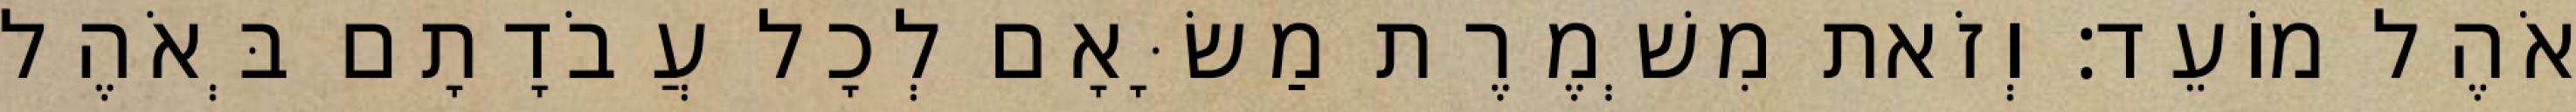
אֹהֶל מוֹעֵד׃ וְזֹאת מִשְׁמֶרֶת מַשָּׂאָם לְכָל עֲבֹדָתָם בְּאֹהֶל